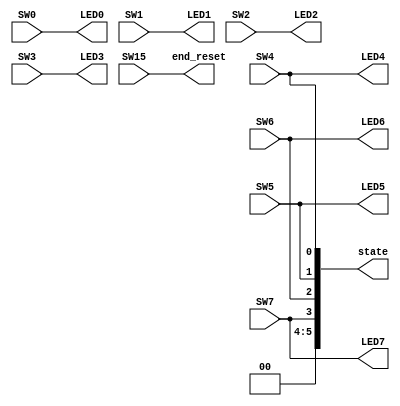
`timescale 1ns / 1ps
//////////////////////////////////////////////////////////////////////////////////
// Company: 
// Engineer: 
// 
// Design Name: 
// Module Name: Nano_project_inputswitches
// Project Name: 
// Target Devices: 
// Tool Versions: 
// Description: 
// 
// Dependencies: 
// 
// Revision:
// Revision 0.01 - File Created
// Additional Comments:
// 
//////////////////////////////////////////////////////////////////////////////////


module Nano_project_switches(
input SW0,SW1,SW2,SW3,SW4,SW5,SW6,SW7,SW15,


output reg [5:0] state,
output reg end_reset,
    
    output LED0,LED1,LED2,LED3,LED4,LED5,LED6,LED7
    
    );
    always @ (*) begin
			
			state = {SW7,SW6,SW5,SW4};
			end_reset = SW15;
			
			
        end
	assign LED0 = SW0;
    assign LED1 = SW1;
    assign LED2 = SW2;
    assign LED3 = SW3;
    assign LED4 = SW4;
    assign LED5 = SW5;
    assign LED6 = SW6;
    assign LED7 = SW7;
    
endmodule